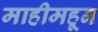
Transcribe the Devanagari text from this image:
माहीमहून